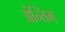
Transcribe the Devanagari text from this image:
अंन्तिम